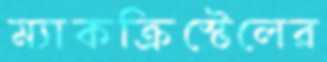
ম্যাকক্রিস্টেলের